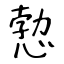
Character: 愂